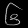
Digit: ၆